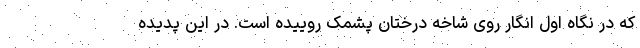
که در نگاه اول انگار روی شاخه درختان پشمک روییده است. در این پدیده